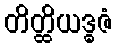
တိတ္ထိယဒ္ဓဇံ